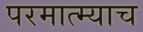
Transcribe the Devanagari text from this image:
परमात्म्याच